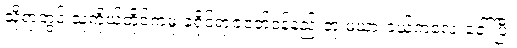
သို့ရာတွင် သူကိုယ်တိုင်ကမူ ခရိုင်ရာဇဝတ်ဝန်နည်းတူ မယားငယ်ကလေးခေါ်ပြီး